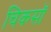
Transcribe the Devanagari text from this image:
चिकसॉ